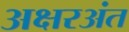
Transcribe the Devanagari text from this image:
अक्षरअंत